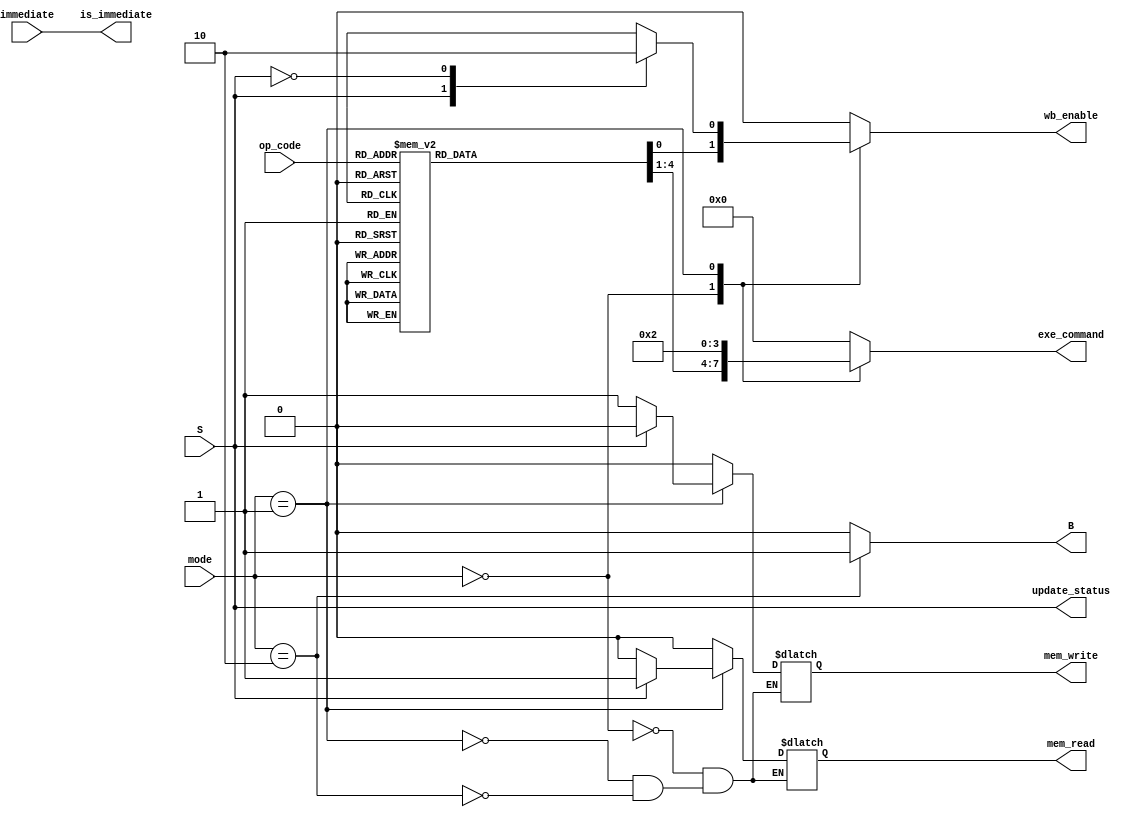
module CU (
    input [1:0]mode,
    input [3:0]op_code,
    input S, immediate,
    output reg [3:0] exe_command,
    output reg mem_read, mem_write,
    output reg wb_enable,
    output is_immediate,
    output reg B,
    output update_status
);
assign update_status = S;
assign is_immediate = immediate;
always @(*) begin
case (mode)
    2'd0: begin
        wb_enable = 1'b1;
        mem_read = 1'b0;
        mem_write = 1'b0;
        B=1'b0;
        case (op_code)
            4'b1101: exe_command = 4'b0001; //MOV
            4'b1111: exe_command = 4'b1001; //MVN
            4'b0100: exe_command = 4'b0010; //ADD
            4'b0101: exe_command = 4'b0011; //ADC
            4'b0010: exe_command = 4'b0100; //SUB
            4'b0110: exe_command = 4'b0101; //SBC
            4'b0000: exe_command = 4'b0110; //AND
            4'b1100: exe_command = 4'b0111; //ORR
            4'b0001: exe_command = 4'b1000; //EOR
            4'b1010: {exe_command,wb_enable}= {4'b0100,1'b0}; //CMP
            4'b1000: {exe_command,wb_enable} = {4'b0110,1'b0}; //TST
            default:exe_command = 4'b0000; //NOP
        endcase
    end
    2'd1: begin
        B=1'b0;
        exe_command = 4'b0010;
        
        case (S)
            1'b1 : begin
                wb_enable = 1'b1;
                mem_read = 1'b1;
                mem_write = 1'b0;
            end 
            1'b0 : begin
                wb_enable = 1'b0;
                mem_read =  1'b0;
                mem_write =  1'b1;
            end  
        endcase
    end
    2'b10: begin
        B = 1'b1; 
        mem_read = 1'b0;
        mem_write = 1'b0;
        exe_command = 4'b0;
        wb_enable = 1'b0;
    end 
    default: begin
        exe_command = 4'b0;
        wb_enable = 1'b0;
        B = 1'b0;
    end
endcase
end
    
endmodule